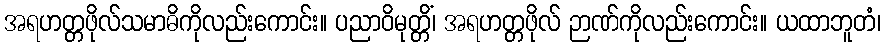
အရဟတ္တဖိုလ်သမာဓိကိုလည်းကောင်း။ ပညာဝိမုတ္တိံ၊ အရဟတ္တဖိုလ် ဉာဏ်ကိုလည်းကောင်း။ ယထာဘူတံ၊